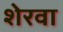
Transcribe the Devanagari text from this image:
शेरवा